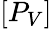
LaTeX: [P_{V}]